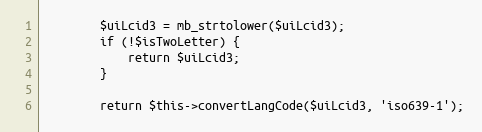
Language: PHP
		$uiLcid3 = mb_strtolower($uiLcid3);
		if (!$isTwoLetter) {
			return $uiLcid3;
		}

		return $this->convertLangCode($uiLcid3, 'iso639-1');